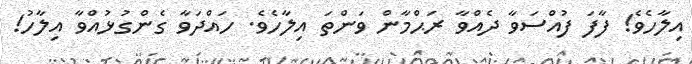
އިލާހެވެ! ފާފަ ފުއްސަވާ ދެއްވާ ރަޙްމާން ވަންތަ އިލާހެވެ. ހައްދަވާ ގެންގުޅުއްވާ އިލާހު!